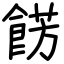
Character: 餝